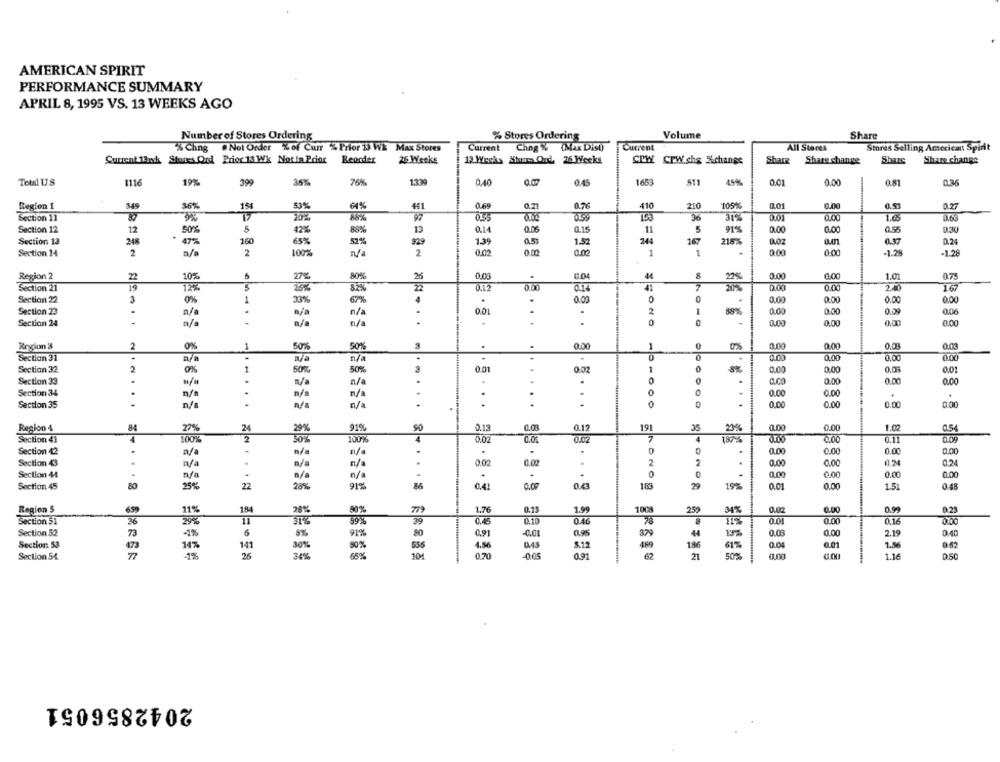
AMERICAN SPIRIT
PERFORMANCE SUMMARY
APRIL 8, 1995 VS. 13 WEEKS AGO
Number of Stores Ordering
% Stores Ordering
Volume
Share
Current
% Ching . Not Order % of Cuir % Prior 13 WE Max Stores
Current
Chng % (Max Dist)
All Stares
Stores Selling American Spirit
Current 13wk Stones Ord Prior 13 Wk Notin Prior
Reorder
26 Weeks
12 Weeks Storrs Ou, 26 Wvecks
CEWY CPW.che %%change
Share
Share change
Share
Share change
Total U.S
1116
19%
399
35%
76%
1.339
0,40
0.07
0.45
1653
511
45%
0.01
0.00
0.81
Region 1
349
36%
14
41
5%
411
0.69
0.2
410
210
105%
0.01
0.51
0.27
Section 11
0.35
36
31%
0.01
16
Section 12
12
42%
13
0.14
0.06
Q.15
11
5
0.00
0.00
D.30
50%
80%
91%
Section 12
248
47%
160
65%
57%
929
199
1.52
244
16
215%
0.0Z
02
Section 14
2
2
100%
2
0.02
0.00
0.02
1
1
0.00
0.00
-1.28
-1.28
n/
80%
0.00
8
1.0
075
Region 2
22
10%
27%
22%
0.00
Section 21
12%
3
0.12
0.14
20%
0.00
2.40
167
0
0.00
Section 22
3
33%
67
0.00
.
0.00
0.00
0.00
Section 23
0.01
2
1
88%
0.00
0.00
0.09
n/a
n/a
n/a
...
0
0,00
Section 24
n/a
....
n/a
n/a
0.00
0.00
0.00
Region 8
2
0%
1
50%
50%
0.00
1
0
0.00
0.00
0.03
Section 31
0.00
0.00
n/a
n/a
Section 32
2
1
50%
0.01
0:02
1
0.00
0.00
0.08
0.0
Section 33
.
n/a
.
0
a.CO
0.00
0.00
0.00
n/a
Section 34
.
.
n/a
n/a
0
0.00
0.00
.
Section 35
n/a
n/a
...........
. .
. .
0
0
...
0.00
0.00
0.00
0.00
84
24
0.03
0.12
191
0.00
0.00
1.02
Region 4
29%
0.13
0.54
Section 41
2
50%
0.02
0.00
0.02
0 11
0.09
0
0.00
0.00
0.00
Section 42
-.
a/a
n/a
0.00
Section 43
.
n/a
n/a
n/a
0.02
0.02
2
0.00
0.00
124
0.24
0
0.00
0.00
Section 44
n/a
n/a
0.00
0.00
Section 45
80
25%
22
28%
91%
......
0,41
0.05
0.43
183
79
19%
0.01
0.00
15
0 48
Region 5
11%
184
28%
779
1.76
0.11
1.99
100%
250
34%
0.02
0.00
0.99
80%
0.16
Section 51
31%
0.45
0.10
0.46
78
0.0
0.00
Section 52
8%
0,91
-0.01
0.03
0.00
2.19
73
6
91%
80
Section 58
141
30%
50%
556
4.56
5.12
186
61%
0.04
0.01
1.86
0.62
Section 5&
1%
26
34%
65%
104
0.70
-0.05
0.91
62
21
1.16
050
2042856051